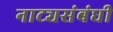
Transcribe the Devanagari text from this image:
नाट्यसंबंधी